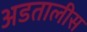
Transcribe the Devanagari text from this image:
अडतालीस